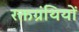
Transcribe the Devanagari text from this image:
रक्तग्रंथियों